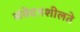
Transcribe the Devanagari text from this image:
संवेदनशीलते